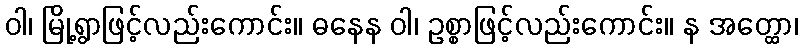
ဝါ၊ မြို့ရွာဖြင့်လည်းကောင်း။ ဓနေန ဝါ၊ ဥစ္စာဖြင့်လည်းကောင်း။ န အတ္ထော၊